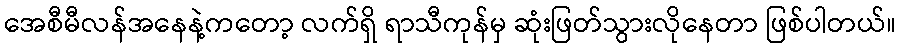
အေစီမီလန်အနေနဲ့ကတော့ လက်ရှိ ရာသီကုန်မှ ဆုံးဖြတ်သွားလိုနေတာ ဖြစ်ပါတယ်။